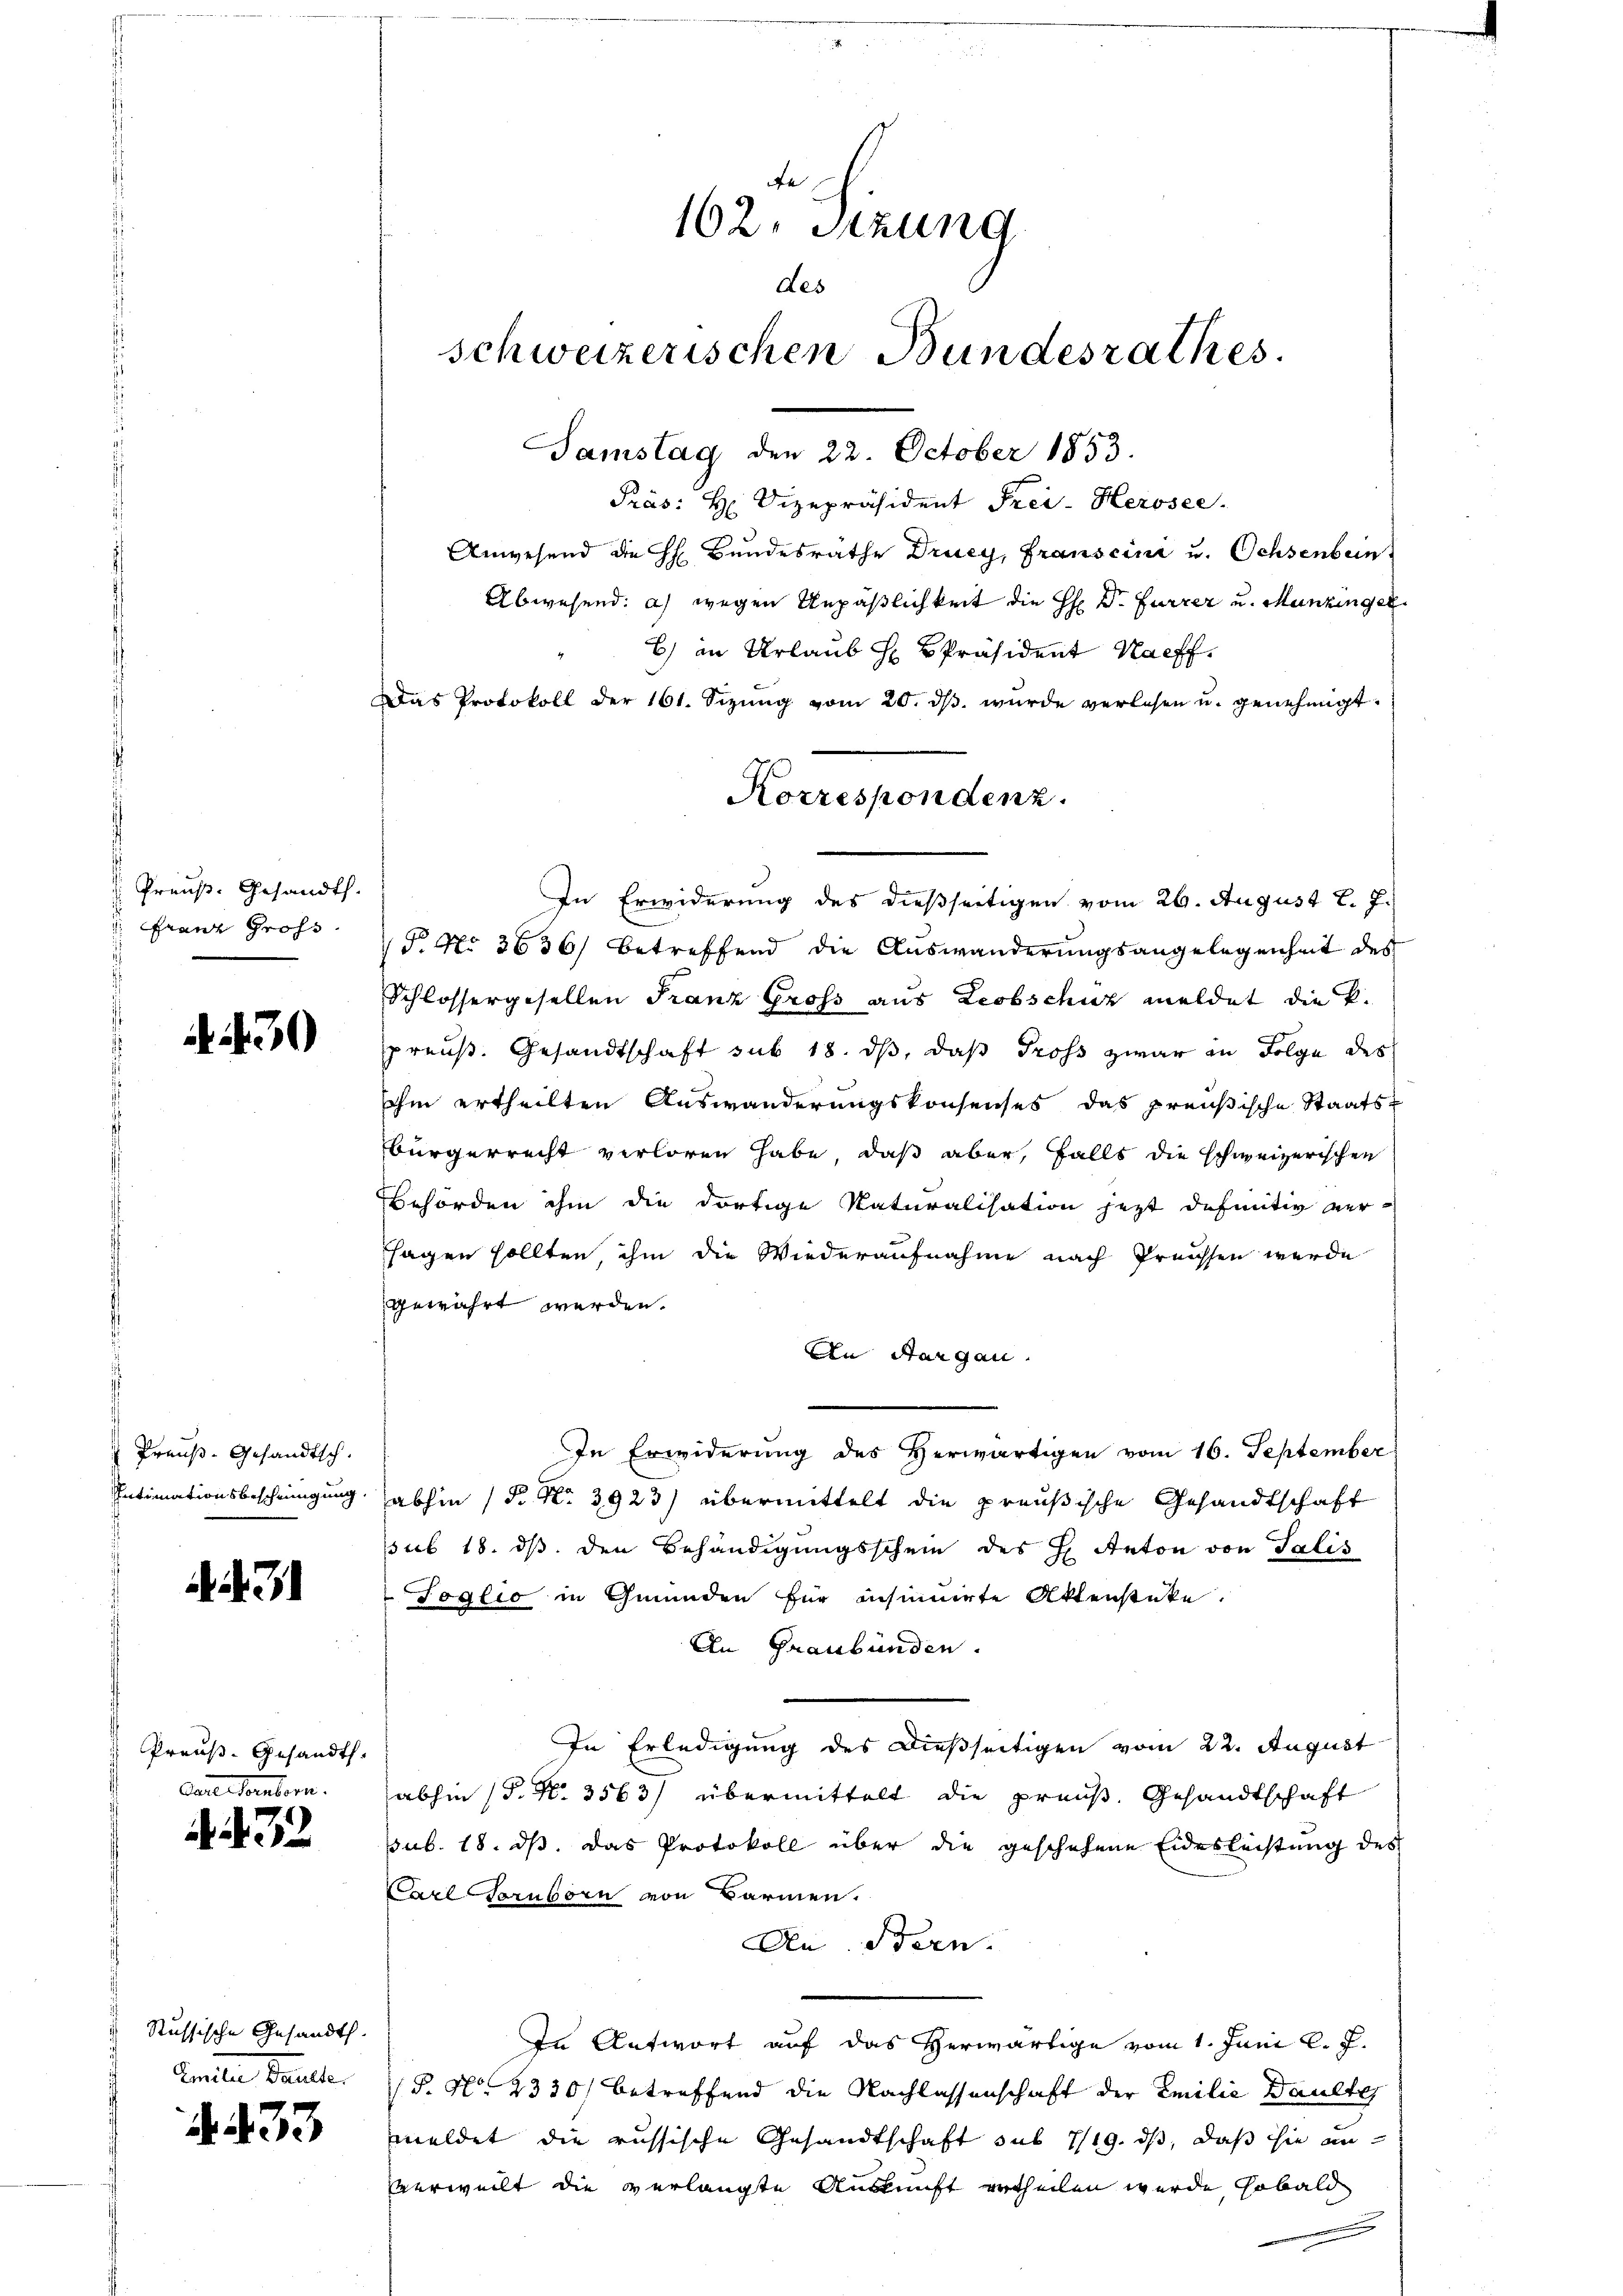
Preuß. Gesandt.
 Franz Gross

30

Preuß-Gesandtsch.
Intimationsbescheinigung.

2

Preuß. Gesandth.
Cartetemtern.

. 472.

d
Russische Gesandth.
Arndten Baule

A 433

162. Sitzung
des
schweizerischen Bundesrathes.

Samstag den 22. October 1853.
Präs. H. Vizepräsident Frei- Herosee.
Anwesend die H. Bundesrathe Drucy, Franscini u. Ochsenbein
Abwesend: a) wegen Unpäßlichkeit die H: Dr. Furrer u. Menzinger
b) in Urlaub h Präsident Nachf
Das Protokoll der 161. Sizŭng vom 20. dβ. wurde verlesen u. genehmigt.
In Erwiderung des dießseitigen vom 26. August l. J.
P No 3636) betreffend die Auswanderungsangelegenheit des
Schlossergesellen Franz Gross aus Leobschuz meldet die P.
preuß. Gesandtschaft sub 18. ds, daß Tross zwar in Folge des
Ihm ertheilten Auswanderungskonsenses das preußische Staats¬
Bürgerrecht verloren habe, daß aber, falls die schweizerischen
behörden ihm die dortige Naturalisation jetzt definitiv versagen sollten ihm die Wiederaufnahme nach Preissen werde
gewährt werden.
An Aargau.
In Erwiderung des Herwärtigen vom 16. September
abhin (P. Nr. 3923) übermittelt die preußische Gesandtschaft
sub 18. ds. den Behändigungsschein des H. Anton von Salis
Soglio in Gründen für insinirte Aktenstücke.
An Graubünden.
In Erledigung des dießseitigen vom 22. August
abhin (S. Nr. 3563) übermittelt die preuß. Gesandtschaft
sub. 18. ds. das Protokoll über die geschehene Eidesleistung des
Carl Tornborn von Barmen.
Den Bern.
In Antwort auf das Herwärtige vom 1. Juni l. J.
P. Nr. 2330) betreffend die Nachlassenschaft der Emilie Baulte
meldet die russische Gesandtschaft sub 7/19. ds, daß sie an
verweilt die verlangte Auskunft ertheilen wurde sobald
.

Korrespondenz.